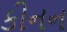
કીનન